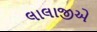
લાલાજીએ